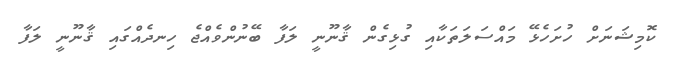
ކޮމިޝަނަށް ހުށަހެޅޭ މައްސަލަތަކާއި ގުޅިގެން ޤާނޫނީ ލަފާ ބޭނުންވެއްޖެ ހިނދެއްގައި ޤާނޫނީ ލަފާ